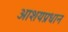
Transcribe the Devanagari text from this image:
आशयप्रधान